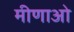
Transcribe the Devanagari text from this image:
मीणाओ